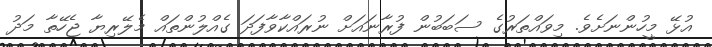
އުޅޭ މީހުންނަށެވެ. މިވައްތަރުގެ ސަބަބުން ފުރާނައަށް ނުރައްކާވާފަދަ ގެއްލުންތައް މެލޭރިޔާ ޖެހޭތާ މަދު